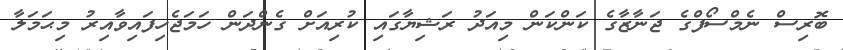
ބޮރިސް ނެމްސޯފްގެ ޖަނާޒާގެ ކަންކަން މިއަދު ރަޝިޔާގައި ކުރިއަށް ގެންދަން ހަމަޖެހިފައިވާއިރު މިޙަމަލާ